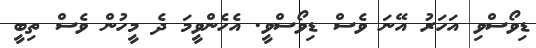
ޑިވޯސްވި އަހަރު އޭނަ ވެސް ޑިވޯސްވީ. އެހެންވީމަ ދެ މީހުން ވެސް ތިބީ